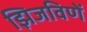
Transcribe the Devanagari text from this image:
झिजविणें